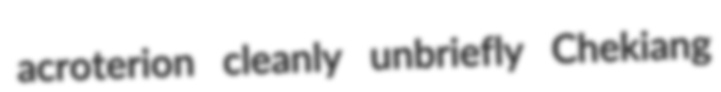
acroterion cleanly unbriefly Chekiang